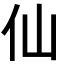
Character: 仙